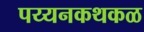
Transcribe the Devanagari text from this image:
पय्यनकथकळ